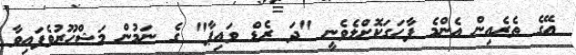
އޭގެ ތެރެއިން އެންމެ ފާހަގަކޮށްލެވެނީ "ދަ ރެޑް ވައިޕާ" ގެ ނަމުން މަޝްހޫރުވެފައިވާ